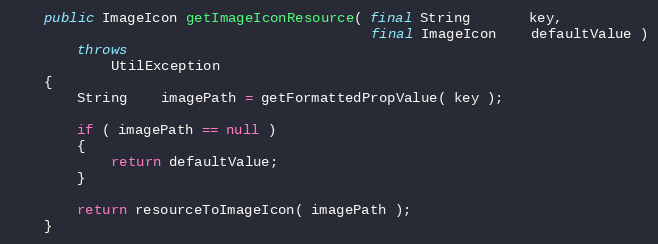
Language: Java
    public ImageIcon getImageIconResource( final String       key,
                                           final ImageIcon    defaultValue )
        throws
            UtilException
    {
        String    imagePath = getFormattedPropValue( key );

        if ( imagePath == null )
        {
            return defaultValue;
        }

        return resourceToImageIcon( imagePath );
    }